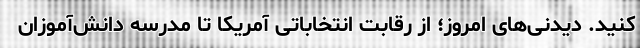
کنید. دیدنی‌های امروز؛ از رقابت انتخاباتی آمریکا تا مدرسه دانش‌آموزان